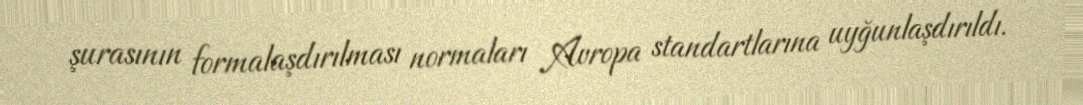
şurasının formalaşdırılması normaları Avropa standartlarına uyğunlaşdırıldı.